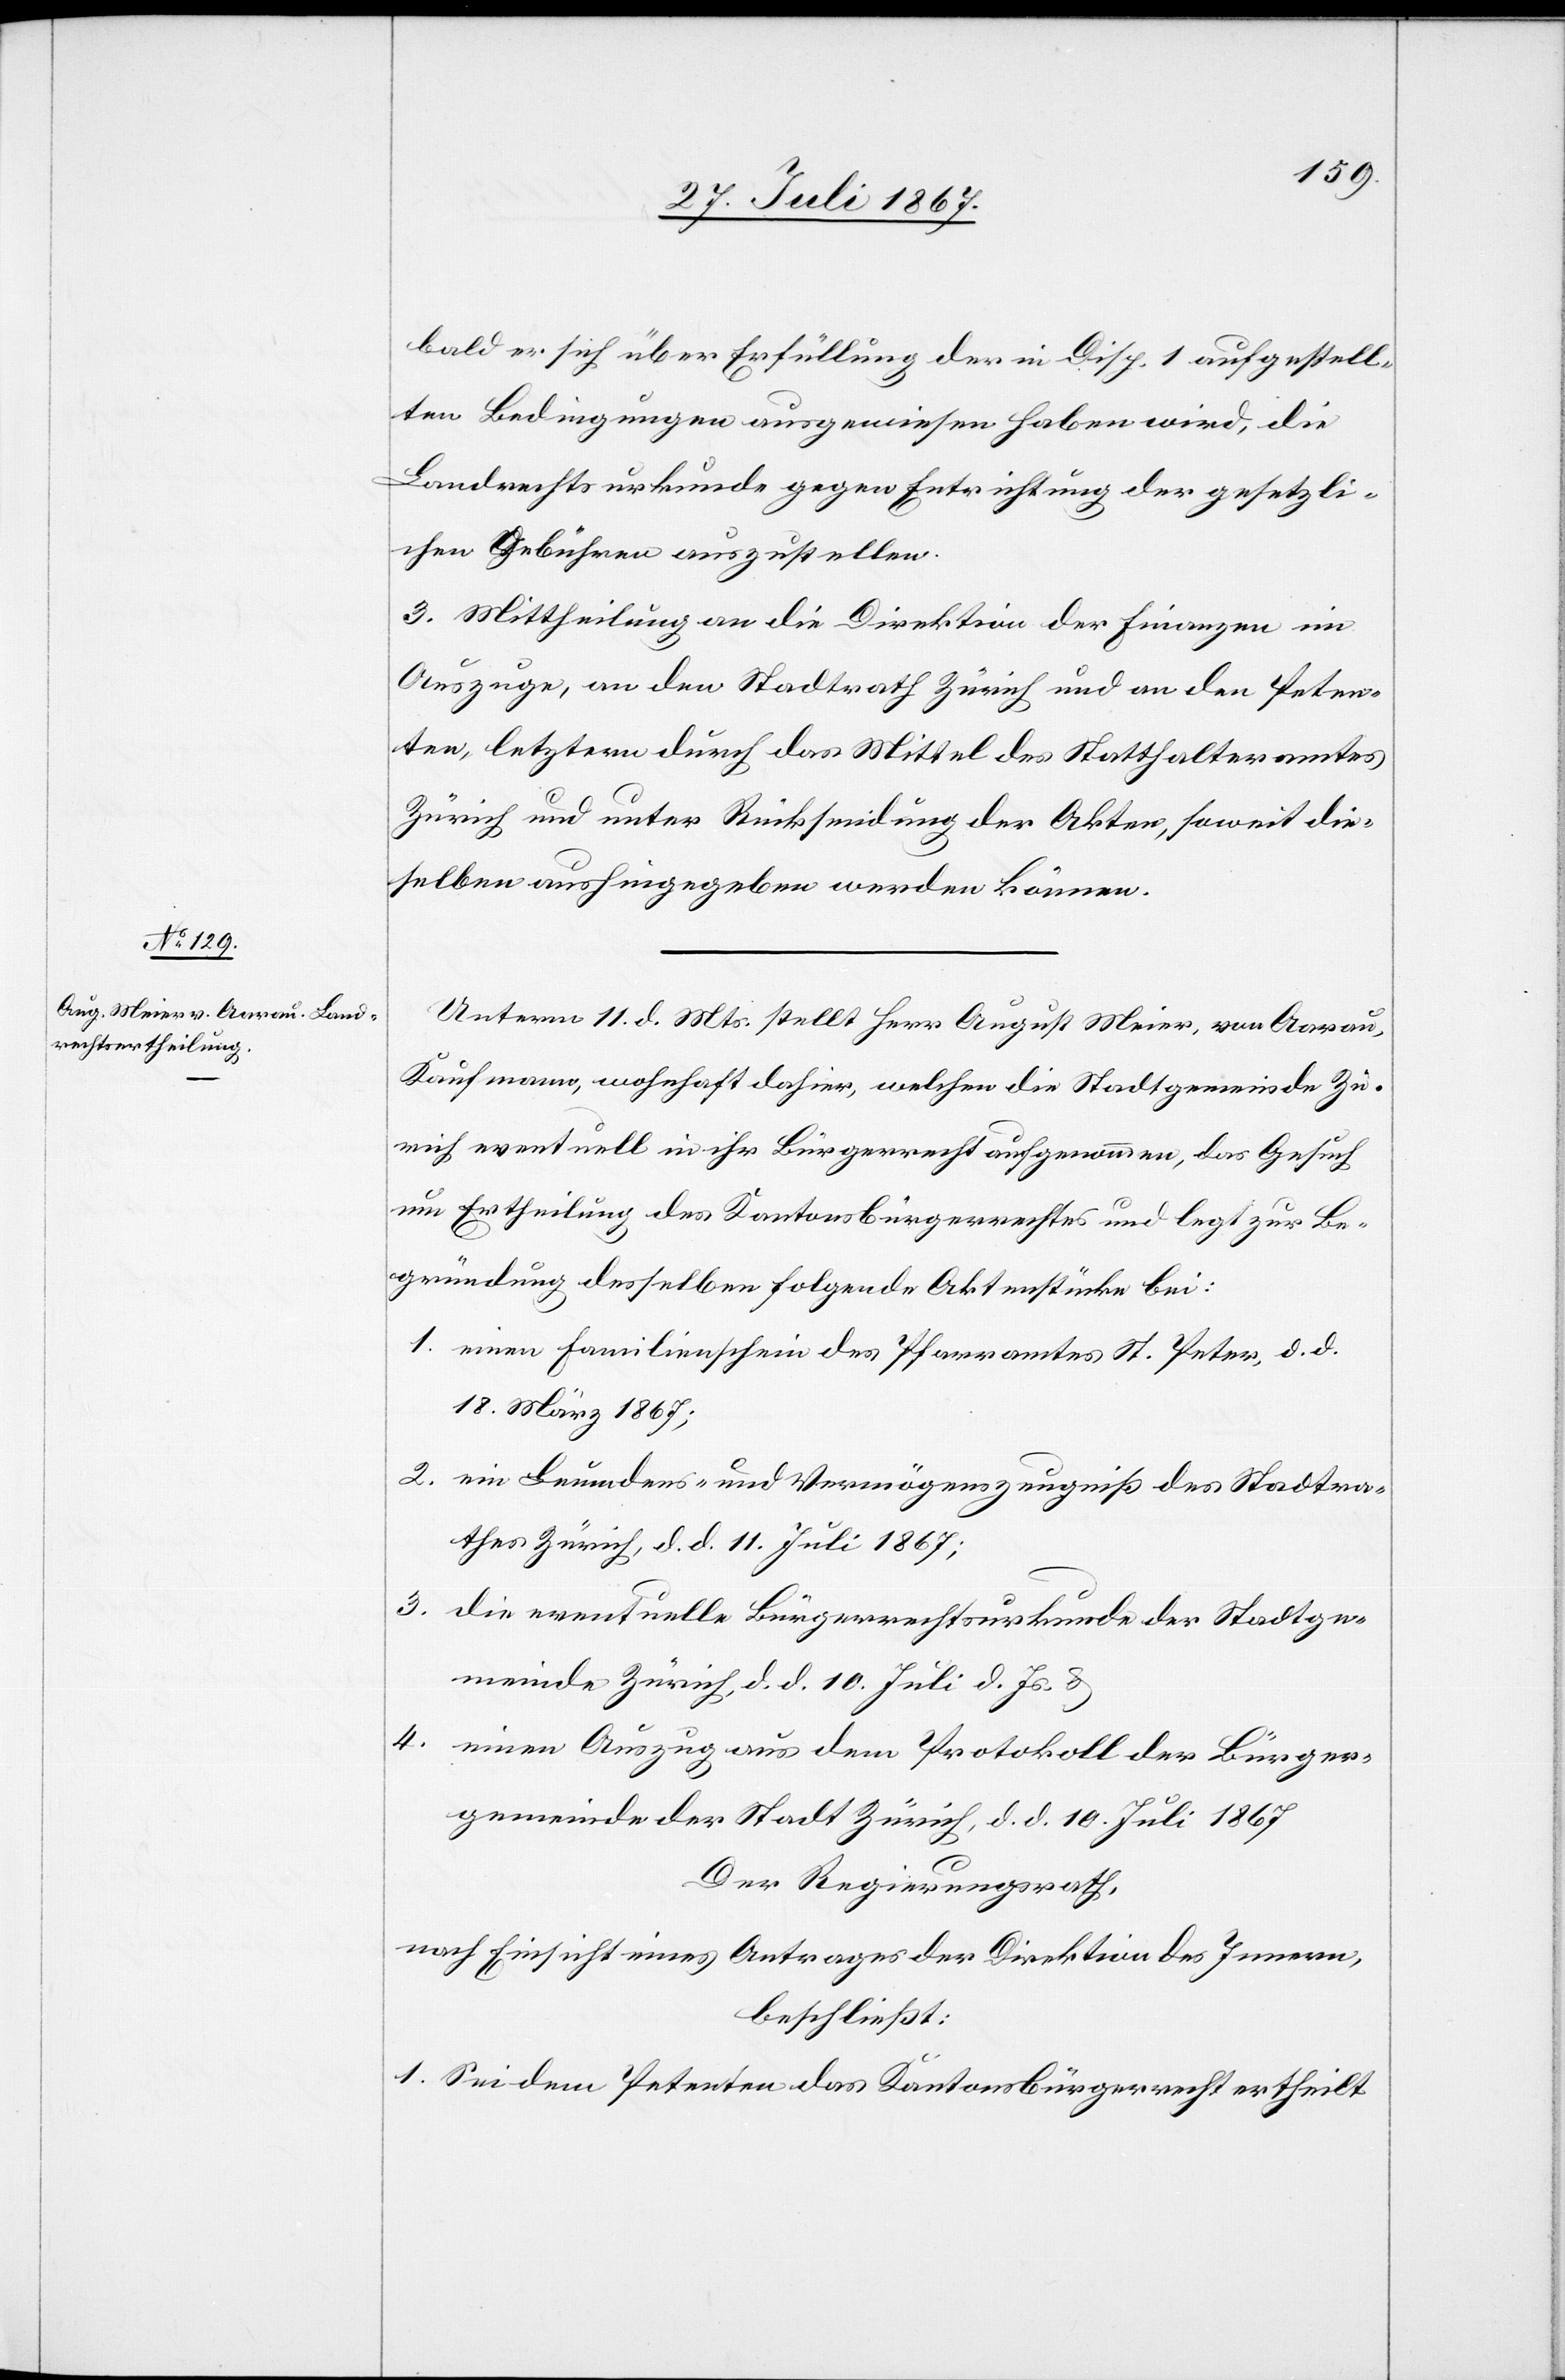
bald er sich über Erfüllung der in Disp. 1 aufgestell¬
ten Bedingungen ausgewiesen haben wird, die
Landrechtsurkunde gegen Entrichtung der gesetzli¬
chen Gebühren auszustellen.
3. Mittheilung an die Direktion der Finanzen im
Auszuge, an den Stadtrath Zürich und an den Peten¬
ten, letztern durch das Mittel des Statthalteramtes
Zürich und unter Rücksendung der Akten, soweit die¬
selben aushingegeben werden können.
Unterm 11. d. Mts. stellt Herr August Meier, von Aarau,
Kaufmann, wohnhaft dahier, welchen die Stadtgemeinde Zü¬
rich eventuell in ihr Bürgerrecht aufgenommen, das Gesuch
um Ertheilung des Kantonsbürgerrechtes und legt zur Be¬
gründung desselben folgende Aktenstücke bei:
1. einen Familienschein des Pfarramtes St. Peter, d. d.
18. März 1867;
2. ein Leumdens- und Vermögenszeugniß des Stadtra¬
thes Zürich, d. d. 11. Juli 1867;
3. die eventuelle Bürgerrechtsurkunde der Stadtge¬
meinde Zürich, d. d. 10. Juli d. Js. u.
4. einen Auszug aus dem Protokoll der Bürger¬
gemeinde der Stadt Zürich, d. d. 10. Juli 1867.
der Regierungsrath,
nach Einsicht eines Antrages der Direktion des Innern,
beschließt:
1. Sei dem Petenten das Kantonsbürgerrecht ertheilt